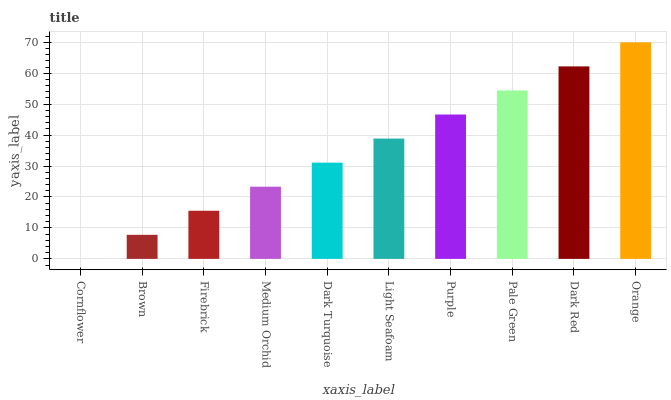
| xaxis_label | bars |
 | --- | --- |
 | Cornflower | 0 |
 | Brown | 7.78 |
 | Firebrick | 15.6 |
 | Medium Orchid | 23.3 |
 | Dark Turquoise | 31.1 |
 | Light Seafoam | 38.9 |
 | Purple | 46.7 |
 | Pale Green | 54.4 |
 | Dark Red | 62.2 |
 | Orange | 70 |